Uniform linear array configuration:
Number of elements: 64
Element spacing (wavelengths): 0.75
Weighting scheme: blackman
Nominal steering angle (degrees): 15
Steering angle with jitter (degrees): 16.337
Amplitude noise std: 0.05
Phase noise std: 0.05

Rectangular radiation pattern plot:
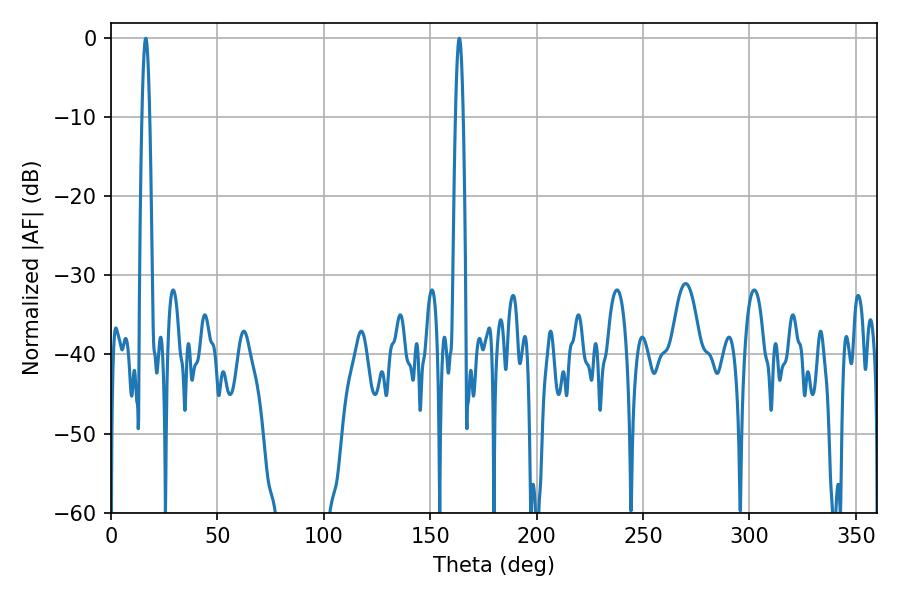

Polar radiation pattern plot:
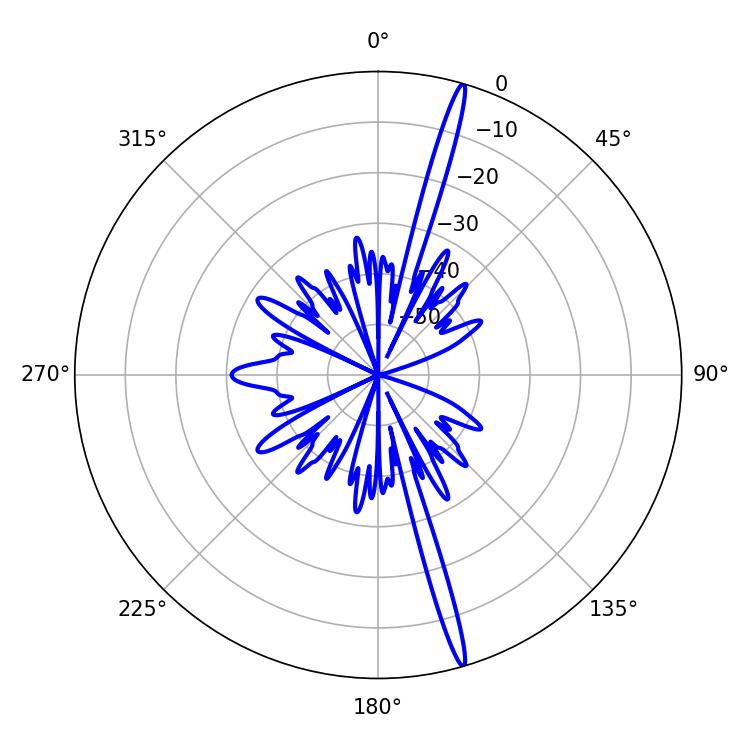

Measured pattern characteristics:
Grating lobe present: TRUE
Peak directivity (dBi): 19.725
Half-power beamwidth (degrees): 1.98
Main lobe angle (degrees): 16.38